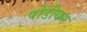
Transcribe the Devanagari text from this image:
पोडीयम